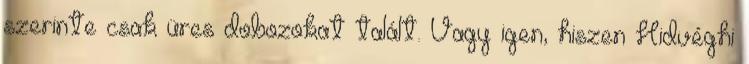
szerinte csak üres dobozokat talált. Vagy igen, hiszen Hidvéghi